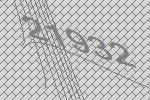
21932